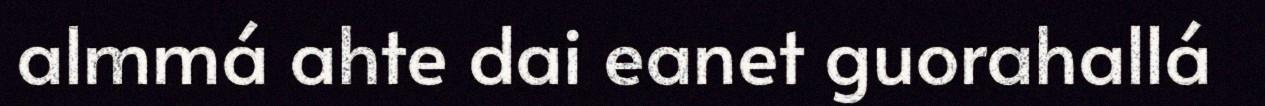
almmá ahte dai eanet guorahallá